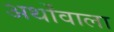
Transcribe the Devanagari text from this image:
अर्थोंवाला